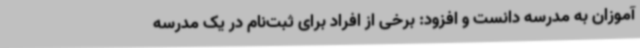
آموزان به مدرسه دانست و افزود: برخی از افراد برای ثبت‌نام در یک مدرسه